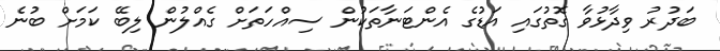
ބަދުރު ވިދާޅުވާ ގޮތުގައި އަޑުގެ އެންޓަނާތަކުން ސިއްހަތަށް ގެއްލުން ލިބޭ ކަމަށް ބުނެ